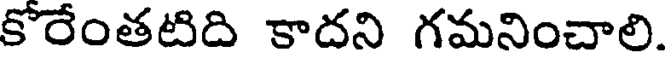
కోరేంతటిది కాదని గమనించాలి.